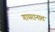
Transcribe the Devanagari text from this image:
गायरानात